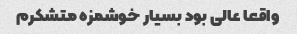
واقعا عالی بود بسیار خوشمزه متشکرم